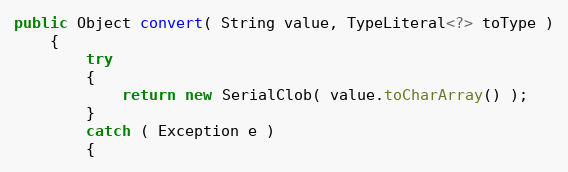
Language: Java
public Object convert( String value, TypeLiteral<?> toType )
    {
        try
        {
            return new SerialClob( value.toCharArray() );
        }
        catch ( Exception e )
        {